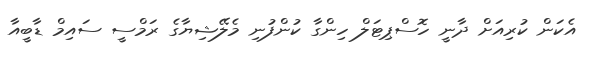
އެކަން ކުރިއަށް ދާނީ ހޮސްޕިޓަލް ހިންގާ ކުންފުނި މެލޭޝިޔާގެ ރަމްސީ ސައިމް ޑާބީއާ